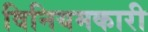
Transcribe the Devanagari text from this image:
विनियमकारी